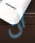
ان